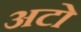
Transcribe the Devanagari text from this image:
अटो